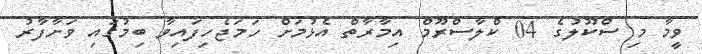
ވީމާ މި ސްކޫލުގެ 04 ކްލާސްރޫމް އިމާރާތް އެޅުމަށް ހަމަޖެހިފައިވާ ބިމުގައި ވަށާފާރު